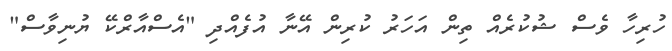
ހުރިހާ ވެސް ޝުކުރެއް ތިން އަހަރު ކުރިން އޭނާ އުފެއްދި "އެސްއާރްކޭ ޔުނިވާސް"